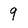
Character: 9